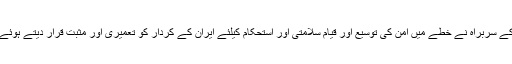
اس موقع پر یورپی یونین کی خارجہ پالیسی کے سربراہ نے خطے میں امن کی توسیع اور قیام سلامتی اور استحکام کیلئے ایران کے کردار کو تعمیری اور مثبت قرار دیتے ہوئے ایران سے تعاون پر دلچسبی کا اظہار کردیا۔